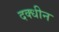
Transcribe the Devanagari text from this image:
दक्धीन